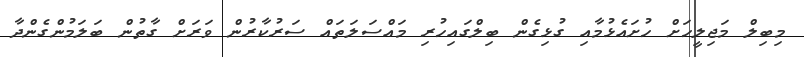
މިބިލް މަޖިލީހަށް ހުށައެޅުމާއި ގުޅިގެން ބިލްގައިހުރި މައްސަލަތައް ސަރުކާރުން ވަރަށް ގާތުން ބަލަމުންގެންދާ